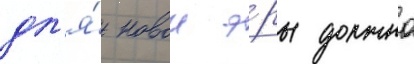
дл'я́ новои э́ры должно